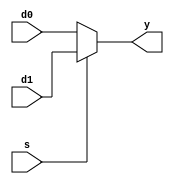
// ---------------------------------------------------------
//       4:1 MUX design with 3 different Coding Style
// Course: practice in digital logic design
// Assignment: week2 assignment A1
// --------------------- list ---------------------
// 2:1 MUX (Dataflow)
// A1: 4:1 MUX Design Using 3 x 2:1 MUX
// 4:1 MUX Design Using if
// 4:1 MUX Design Using case
// ---------------------------------------------------------

// ------------------------------------------------
// 2:1 MUX (Dataflow)
// ------------------------------------------------
module	mux2(	y, d0, d1, s	)	;

parameter		N = 8	;

output	[N-1:0]		y	; // output
input	[N-1:0]		d0	; // input d0
input	[N-1:0]		d1	; // input d1
input			s	; // select

assign			y = s ? d1 : d0	;

endmodule

// ------------------------------------------------
// A1: 4:1 MUX Design Using 3 x 2:1 MUX
// ------------------------------------------------
module mux4 (	y, d0, d1, d2, d3, s	);

parameter		N = 8	;

output	[N-1:0]		y	; // output
input	[N-1:0]		d0	; // input d0
input	[N-1:0]		d1	; // input d1
input	[N-1:0]		d2	; // input d2
input	[N-1:0]		d3	; // input d3
input	[1:0]		s	; // select

wire	[N-1:0]		node1	; // mux_0? ??
wire	[N-1:0]		node2	; // mux_1? ??

mux2	mux_0	( .y ( node1 ), .d0 ( d0 ), .d1 ( d1 ), .s ( s[0] ));
mux2	mux_1	( .y ( node2 ), .d0 ( d2 ), .d1 ( d3 ), .s ( s[0] ));
mux2	mux_2	( .y ( y ), .d0 ( node1 ), .d1 ( node2 ), .s ( s[1] ));

endmodule

// ------------------------------------------------
// 4:1 MUX Design Using if
// ------------------------------------------------
module mux4_if (	y, d0, d1, d2, d3, s	);

parameter	N = 8	;

output	[N-1:0]	y	;
input	[N-1:0]	d0	;
input	[N-1:0]	d1	;
input	[N-1:0]	d2	;
input	[N-1:0]	d3	;
input	[1:0]	s	;

reg	[N-1:0]	y	;

always @(*) begin
	if (s == 2'b00) begin
		y = d0;
	end else if (s == 2'b01) begin
		y = d1;
	end else if (s == 2'b10) begin
		y = d2;
	end else begin
		y = d3;
	end
end
endmodule

// ------------------------------------------------
// 4:1 MUX Design Using case
// ------------------------------------------------
module mux4_case (	y, d0, d1, d2, d3, s	);

parameter	N = 8;

output	[N-1:0]	y	;
input	[N-1:0]	d0	;
input	[N-1:0]	d1	;
input	[N-1:0]	d2	;
input	[N-1:0]	d3	;
input	[1:0]	s	;

reg	[N-1:0]	y	;

always @(*) begin
	case (s)
		2'b00: y = d0;
		2'b01: y = d1;
		2'b10: y = d2;
		2'b11: y = d3;
	endcase
end
endmodule